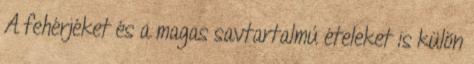
A fehérjéket és a magas savtartalmú ételeket is külön